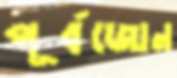
পূর্বজোন